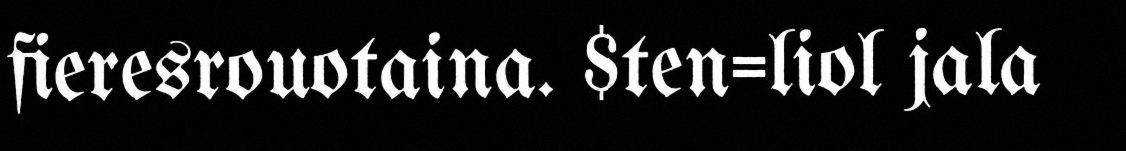
fieresrouotaina. $ten=liol jala